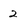
Character: 2